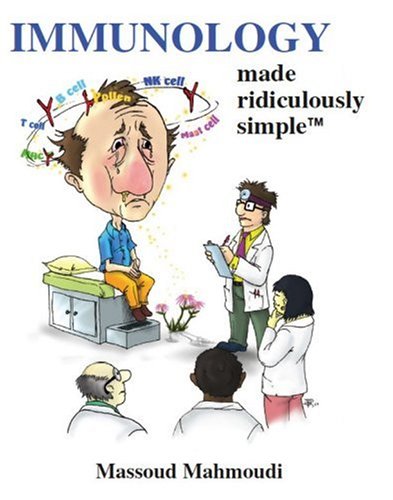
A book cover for Immunology Made Ridiculously Simple; Massoud Mahmoudi; Medical Books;